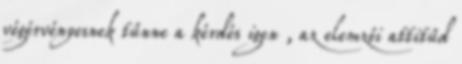
végérvényesnek tűnne a kérdés igen , az elemzői attitűd